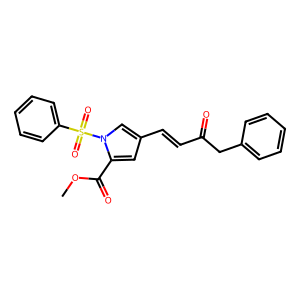
SMILES: COC(=O)c1cc(C=CC(=O)Cc2ccccc2)cn1S(=O)(=O)c1ccccc1
Inhibits HIV replication: No